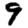
Digit: 9